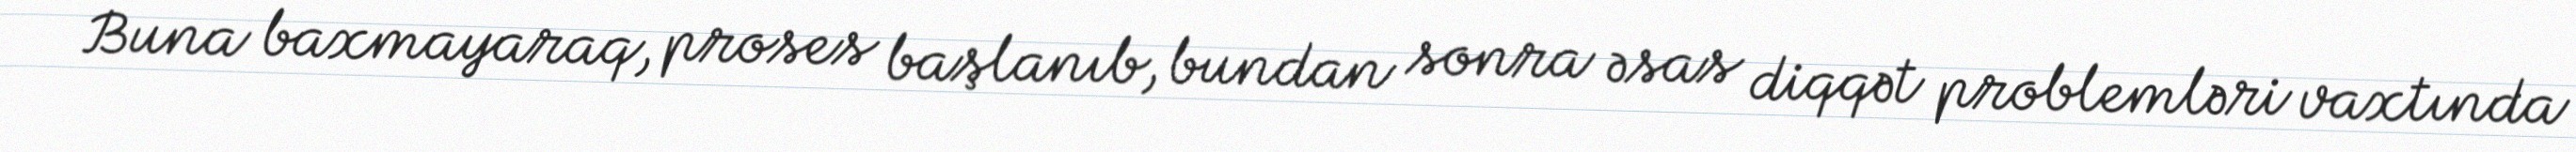
Buna baxmayaraq, proses başlanıb, bundan sonra əsas diqqət problemləri vaxtında